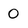
Character: 0